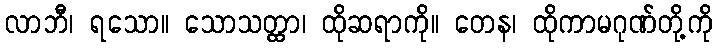
လာဘီ၊ ရသော။ သောသတ္ထာ၊ ထိုဆရာကို။ တေန၊ ထိုကာမဂုဏ်တို့ကို